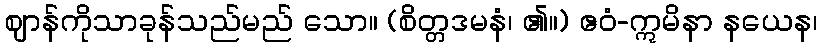
ဈာန်ကိုသာခုန်သည်မည် သော။ (စိတ္တဒမနံ၊ ၏။) ဧဝံ-ဣမိနာ နယေန၊